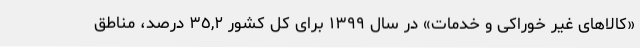
«کالاهای غیر خوراکی و خدمات» در سال ١٣٩٩ برای کل کشور ٣٥,٢ درصد، مناطق